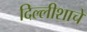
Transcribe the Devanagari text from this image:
दिल्लीशाचे